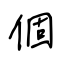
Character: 個